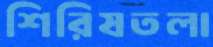
শিরিষতলা